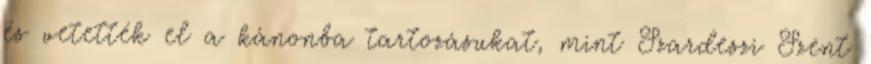
és vetették el a kánonba tartozásukat, mint Szardeszi Szent